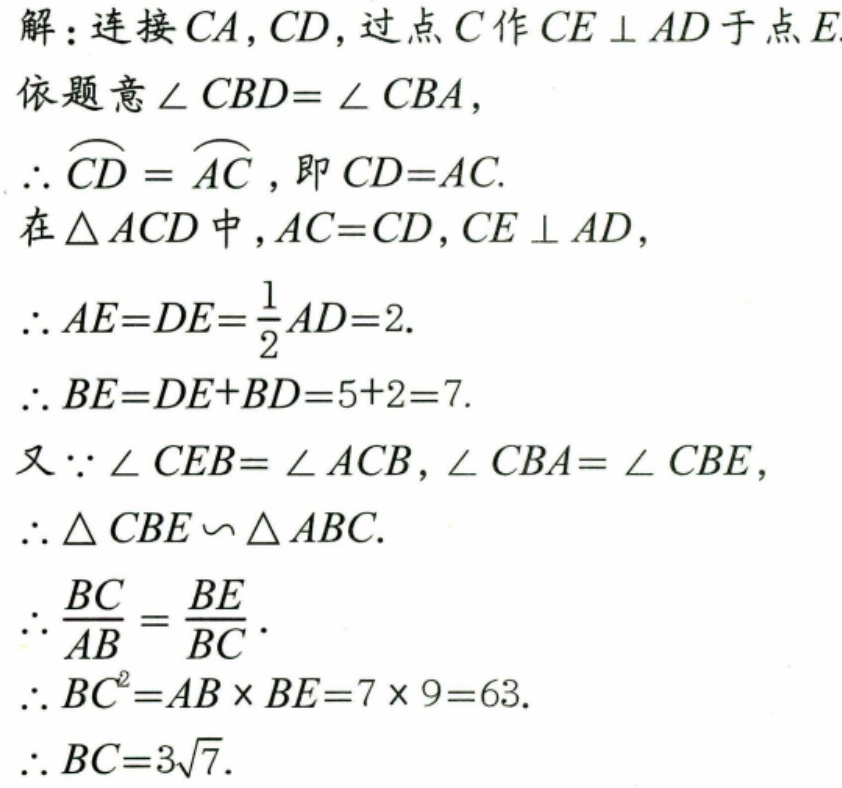
解：连接\(CA,CD\)，过点\(C\)作\(CE \perp AD\)于点\(E\)
依题意\(\angle CBD = \angle CBA\)，
\(\therefore \overset{\frown}{CD}=\overset{\frown}{AC}\)，即\(CD = AC\).
在\(\triangle ACD\)中，\(AC = CD\)，\(CE \perp AD\)，
\(\therefore AE = DE=\frac{1}{2}AD = 2\).
\(\therefore BE = DE + BD = 5 + 2 = 7\).
又\(\because \angle CEB=\angle ACB\)，\(\angle CBA=\angle CBE\)，
\(\therefore \triangle CBE\backsim\triangle ABC\).
\(\therefore \frac{BC}{AB}=\frac{BE}{BC}\).
\(\therefore BC^{2}=AB\times BE = 7\times9 = 63\).
\(\therefore BC = 3\sqrt{7}\).